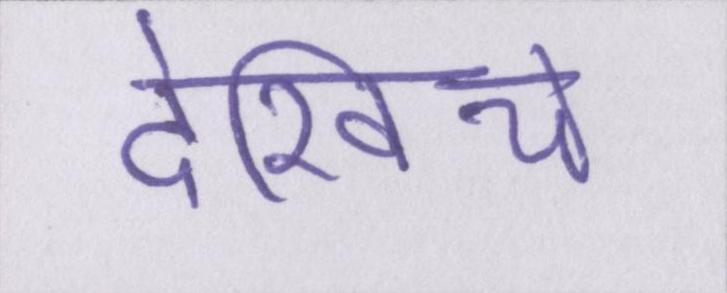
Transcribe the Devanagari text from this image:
देखिये